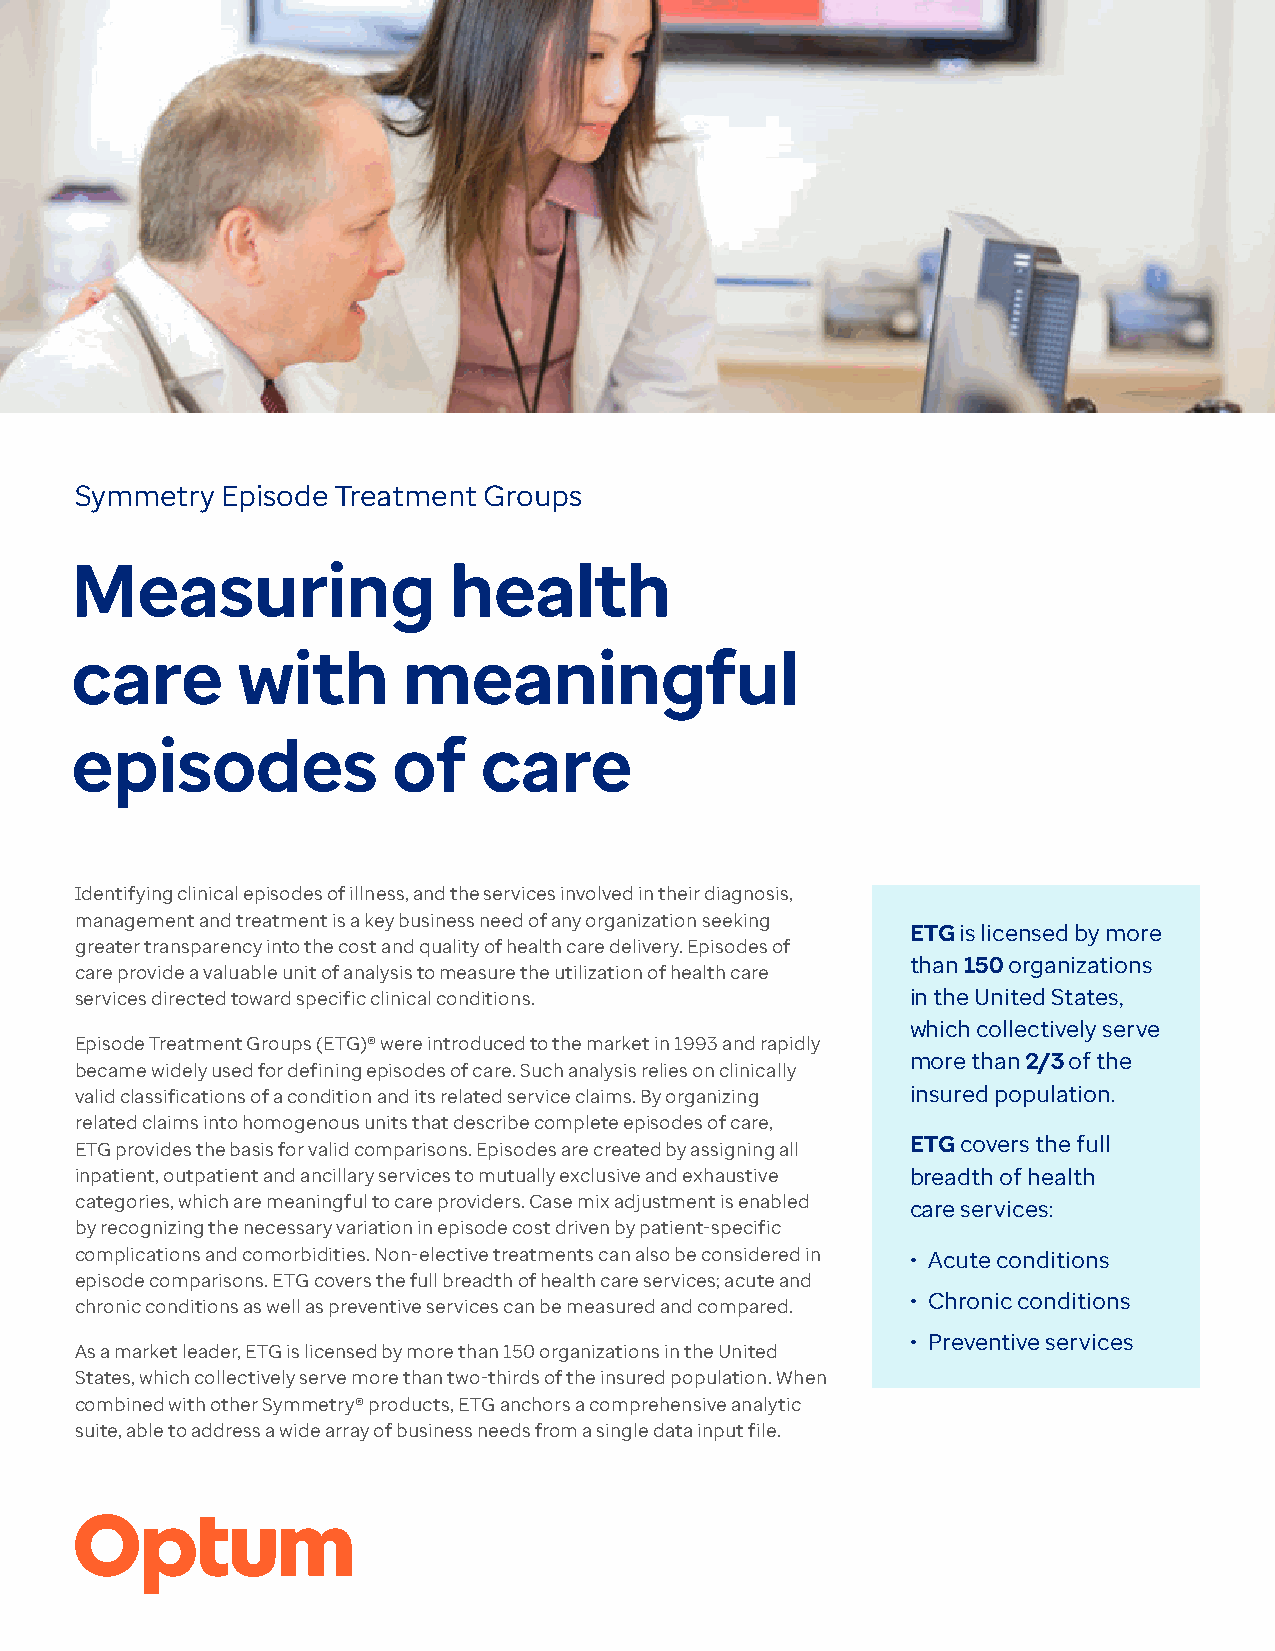
Symmetry  Episode Treatment Groups
 Measuring                health
 care       with       meaningful
 episodes             of    care
 Identifying clinical episodes of illness, and the services involved in their diagnosis,
 management and treatment is a key business need of any organization seeking
 ETG is licensed by more
 greater transparency into the cost and quality of health care delivery. Episodes of
 than 150 organizations
 care provide a valuable unit of analysis to measure the utilization of health care
 services directed toward specific clinical conditions. in the United States,
 which collectively serve
 Episode Treatment Groups (ETG)® were introduced to the market in 1993 and rapidly
 more than 2/3 of the
 became widely used for defining episodes of care. Such analysis relies on clinically
 valid classifications of a condition and its related service claims. By organizing insured population.
 related claims into homogenous units that describe complete episodes of care,
 ETG provides the basis for valid comparisons. Episodes are created by assigning all ETG covers the full
 inpatient, outpatient and ancillary services to mutually exclusive and exhaustive breadth of health
 categories, which are meaningful to care providers. Case mix adjustment is enabled care services:
 by recognizing the necessary variation in episode cost driven by patient-specific
 complications and comorbidities. Non-elective treatments can also be considered in • Acute conditions
 episode comparisons. ETG covers the full breadth of health care services; acute and
 • Chronic conditions
 chronic conditions as well as preventive services can be measured and compared.
 • Preventive services
 As a market leader, ETG is licensed by more than 150 organizations in the United
 States, which collectively serve more than two-thirds of the insured population. When
 combined with other Symmetry® products, ETG anchors a comprehensive analytic
 suite, able to address a wide array of business needs from a single data input file.